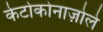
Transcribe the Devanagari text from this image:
केटोकोनाज़ोले